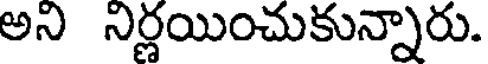
అని నిర్ణయించుకున్నారు.